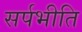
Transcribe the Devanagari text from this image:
सर्पभीति